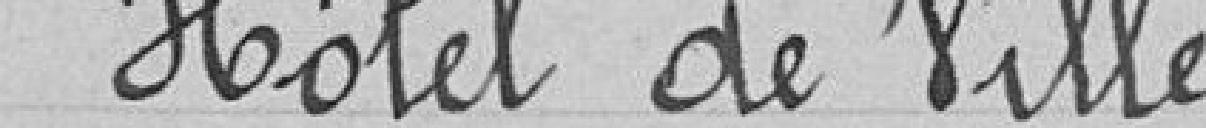
Hôtel de Ville